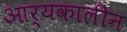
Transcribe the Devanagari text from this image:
आर्यकालीन